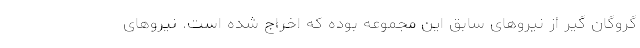
گروگان گیر از نیروهای سابق این مجموعه بوده که اخراج شده است. نیروهای